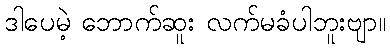
ဒါပေမဲ့ ဘောက်ဆူး လက်မခံပါဘူးဗျာ။